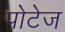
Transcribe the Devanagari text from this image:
पोटेज